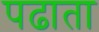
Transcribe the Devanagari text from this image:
पढाता